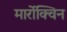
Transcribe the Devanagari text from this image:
मार्रोक्विन